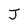
Character: J